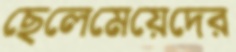
ছেলেমেয়েদের